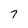
Character: 7